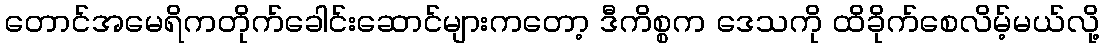
တောင်အမေရိကတိုက်ခေါင်းဆောင်များကတော့ ဒီကိစ္စက ဒေသကို ထိခိုက်စေလိမ့်မယ်လို့